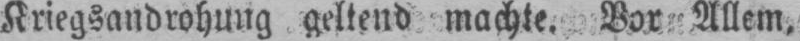
Kriegsandrohung geltend machte. Vor Allem,